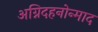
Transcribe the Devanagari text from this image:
अग्निदहनोन्माद